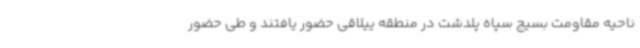
ناحیه مقاومت بسیج سپاه پلدشت در منطقه ییلاقی حضور یافتند و طی حضور